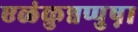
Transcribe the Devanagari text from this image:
एळंकुन्नप्पुष़ा